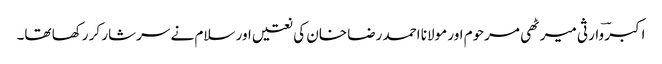
اکبر ؔوارثی میرٹھی مرحوم اور مولانا احمد رضا خان کی نعتیں اور سلام نے سرشار کر رکھا تھا۔